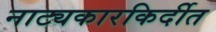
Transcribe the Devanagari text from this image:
नाट्यकारकिर्दीत